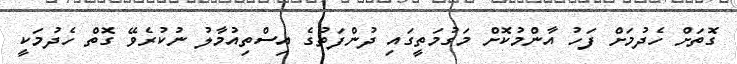
ގޮތަށް ހެދުމަށް ފަހު އާންމުކޮށް މަގުމަތީގައި ދުންފަތުގެ އިސްތިއުމާލު ނުކުރެވޭ ގޮތް ހެދުމަކީ